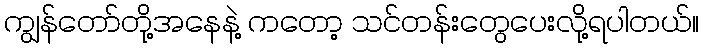
ကျွန်တော်တို့အနေနဲ့ ကတော့ သင်တန်းတွေပေးလို့ရပါတယ်။